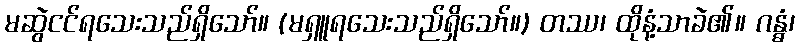
မဆွဲငင်ရသေးသည်ရှိသော်။ (မရှူရသေးသည်ရှိသော်။) တဿ၊ ထိုနံ့သာခဲ၏။ ဂန္ဓံ၊